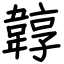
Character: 韕